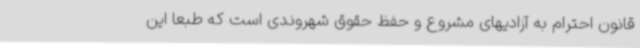
‌قانون احترام به آزادیهای مشروع و حفظ حقوق شهروندی است که طبعاً این